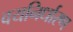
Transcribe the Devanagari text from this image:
वयनिर्धारण